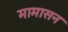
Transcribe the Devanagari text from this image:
मामासन